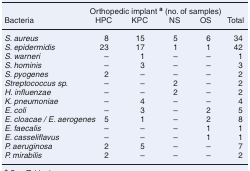
<table><thead><tr><td></td><td colspan="5"><b>Orthopedic implant <sup>a</sup> (no. of samples)</b></td></tr><tr><td><b>Bacteria</b></td><td><b>HPC</b></td><td><b>KPC</b></td><td><b>NS</b></td><td><b>OS</b></td><td><b>Total</b></td></tr></thead><tbody><tr><td><i>S. aureus</i></td><td>8</td><td>15</td><td>5</td><td>6</td><td>34</td></tr><tr><td><i>S. epidermidis</i></td><td>23</td><td>17</td><td>1</td><td>1</td><td>42</td></tr><tr><td><i>S. warneri</i></td><td>–</td><td>1</td><td>–</td><td>–</td><td>1</td></tr><tr><td><i>S. hominis</i></td><td>–</td><td>3</td><td>–</td><td>–</td><td>3</td></tr><tr><td><i>S. pyogenes</i></td><td>2</td><td>–</td><td>–</td><td>–</td><td>2</td></tr><tr><td><i>Streptococcus sp.</i></td><td>–</td><td>–</td><td>2</td><td>–</td><td>2</td></tr><tr><td><i>H. influenzae</i></td><td>–</td><td>–</td><td>2</td><td>–</td><td>2</td></tr><tr><td><i>K. pneumoniae</i></td><td>–</td><td>4</td><td>–</td><td>–</td><td>4</td></tr><tr><td><i>E. coli</i></td><td>–</td><td>3</td><td>–</td><td>2</td><td>5</td></tr><tr><td><i>E. cloacae / E. aerogenes</i></td><td>5</td><td>1</td><td>–</td><td>2</td><td>8</td></tr><tr><td><i>E. faecalis</i></td><td>–</td><td>–</td><td>–</td><td>1</td><td>1</td></tr><tr><td><i>E. casseliflavus</i></td><td>–</td><td>–</td><td>–</td><td>1</td><td>1</td></tr><tr><td><i>P. aeruginosa</i></td><td>2</td><td>5</td><td>–</td><td>–</td><td>7</td></tr><tr><td><i>P. mirabilis</i></td><td>2</td><td>–</td><td>–</td><td>–</td><td>2</td></tr></tbody></table>